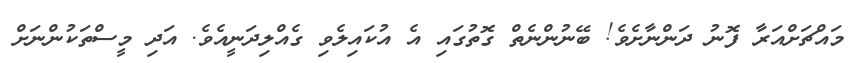
މައްޗަށްއަރާ ފޮނު ދަންނާށެވެ! ބޭނުންނެތް ގޮތުގައި އެ އުކައިލެވި ގެއްލިދަނީއެވެ. އަދި މީސްތަކުންނަށް